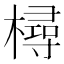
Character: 樳